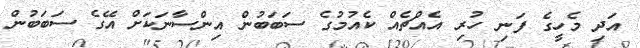
އަދި މެހީގެ ފަނި ހުރި އެއްޗެއް ކެއުމުގެ ސަބަބުން އިންސާނަކަށް އޭގެ ސަބަބުން